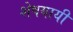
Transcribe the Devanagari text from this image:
शेषयायी